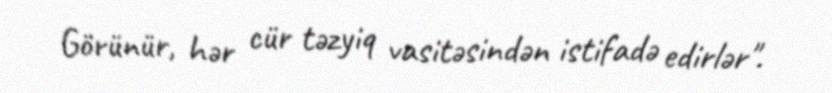
Görünür, hər cür təzyiq vasitəsindən istifadə edirlər".